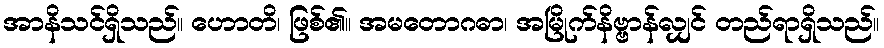
အာနိသင်ရှိသည်။ ဟောတိ၊ ဖြစ်၏။ အမတောဂဓာ၊ အမြိုက်နိဗ္ဗာန်လျှင် တည်ရာရှိသည်။